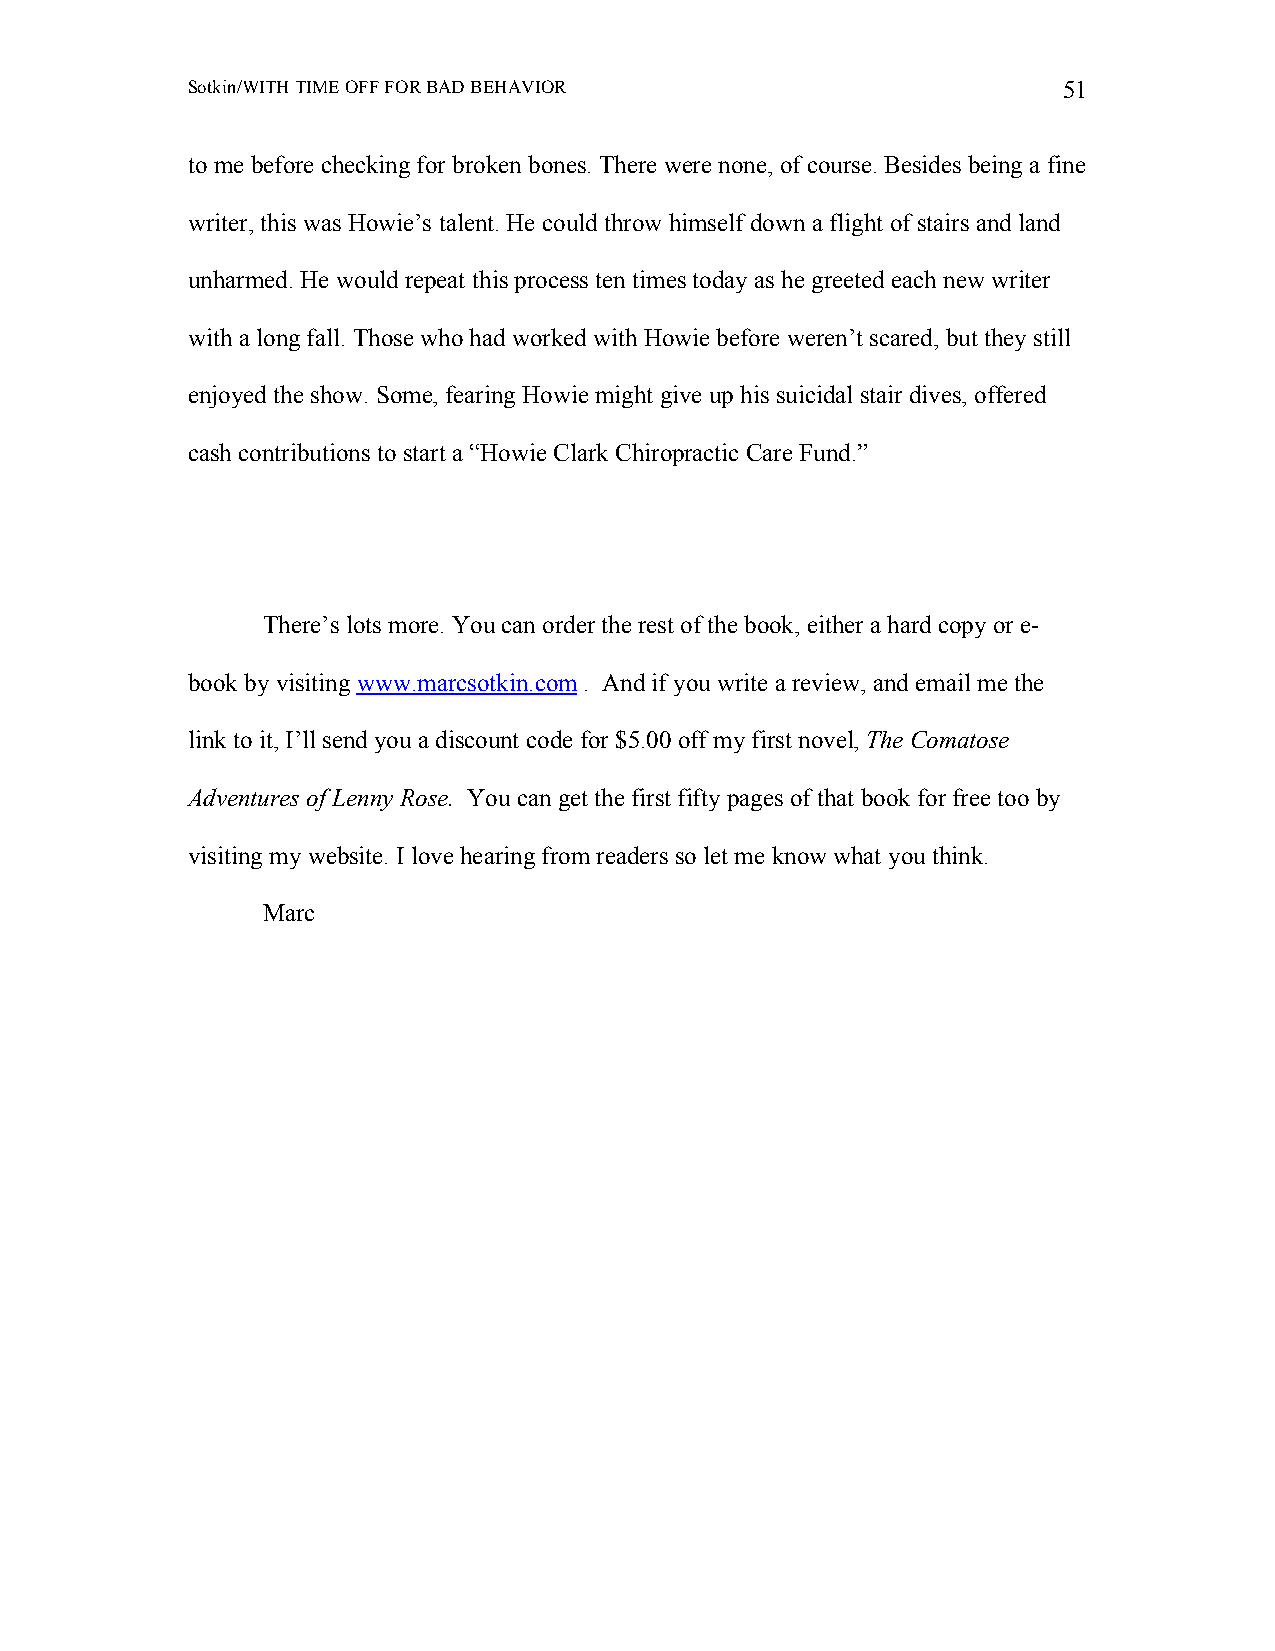
Sotkin/WITH TIME OFF FOR BAD BEHAVIOR                     51
 to me before checking for broken bones. There were none, of course. Besides being a fine
 writer, this was Howie’s talent. He could throw himself down a flight of stairs and land
 unharmed. He would repeat this process ten times today as he greeted each new writer
 with a long fall. Those who had worked with Howie before weren’t scared, but they still
 enjoyed the show. Some, fearing Howie might give up his suicidal stair dives, offered
 cash contributions to start a “Howie Clark Chiropractic Care Fund.”
 There’s lots more. You can order the rest of the book, either a hard copy or e-
 book by visiting www.marcsotkin.com . And if you write a review, and email me the
 link to it, I’ll send you a discount code for $5.00 off my first novel, The Comatose
 Adventures of Lenny Rose. You can get the first fifty pages of that book for free too by
 visiting my website. I love hearing from readers so let me know what you think.
 Marc